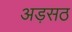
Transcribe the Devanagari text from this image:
अड़सठ